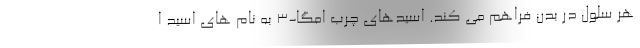
هر سلول در بدن فراهم می کند. اسیدهای چرب امگا-3 به نام های اسید ا